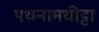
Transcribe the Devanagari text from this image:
पथनामथीट्टा